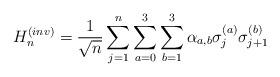
LaTeX: \begin{align*} H_n^{(inv)}=\frac{1}{\sqrt{n}}\sum_{j=1}^n\sum_{a=0}^3\sum_{b=1}^3\alpha_{a,b}\sigma_j^{(a)}\sigma_{j+1}^{(b)}\end{align*}